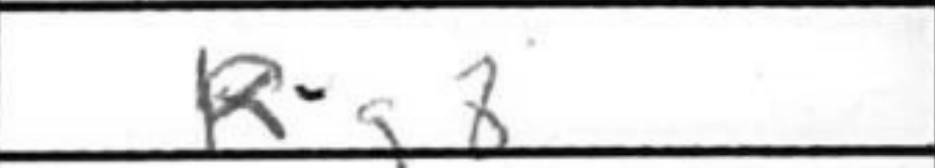
Transcription: Rg8